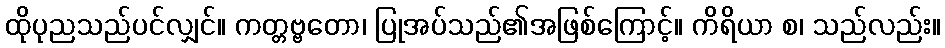
ထိုပုညသည်ပင်လျှင်။ ကတ္တဗ္ဗတော၊ ပြုအပ်သည်၏အဖြစ်ကြောင့်။ ကိရိယာ စ၊ သည်လည်း။